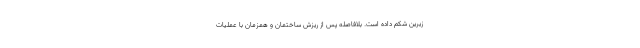
زیرین شکم داده است. بلافاصله پس از ریزش ساختمان و همزمان با عملیات